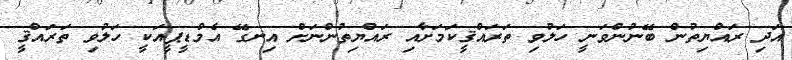
އަދި ރައްޔިތުން ބޭނުންވަނީ ހަލުވި ތަރައްޤީކަމަށާއި ރައްޔިތުންނަށް އިނގޭ އެމްޑީޕީއަކީ ހަލުވި ތަރައްޤީ